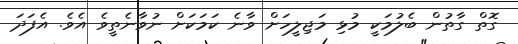
ގޮތް ގާތުން ބެލުމަކީ މުޅި މަޖިލީހަށް ވާނެ ކަމަކަށް ނުވާނެތީވެ އެވެ. އެފަދަ